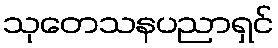
သုတေသနပညာရှင်